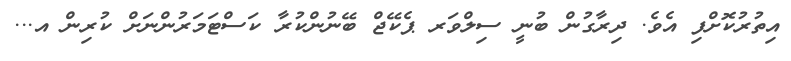
އިތުރުކޮށްފި އެވެ. ދިރާގުން ބުނީ ސިލްވަރ ޕެކޭޖް ބޭނުންކުރާ ކަސްޓަމަރުންނަށް ކުރިން އ...